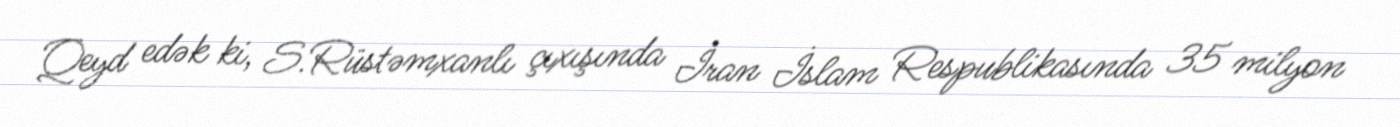
Qeyd edək ki, S.Rüstəmxanlı çıxışında İran İslam Respublikasında 35 milyon